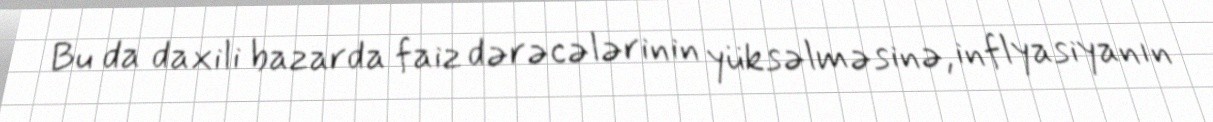
Bu da daxili bazarda faiz dərəcələrinin yüksəlməsinə, inflyasiyanın